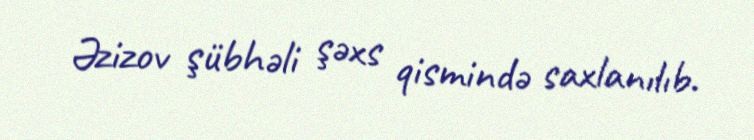
Əzizov şübhəli şəxs qismində saxlanılıb.